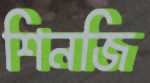
শিনজি